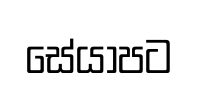
සේයාපට